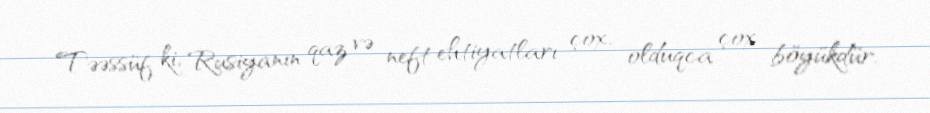
Təəssüf ki, Rusiyanın qaz və neft ehtiyatları çox, olduqca çox böyükdür.